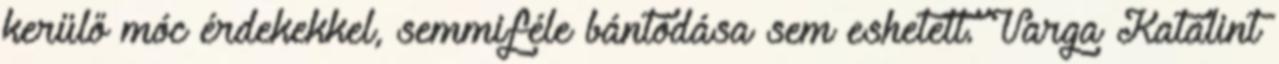
kerülő móc érdekekkel, semmiféle bántódása sem eshetett. Varga Katalint